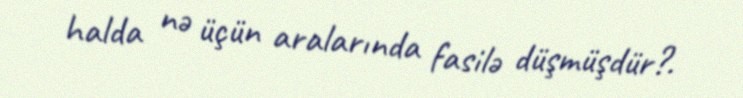
halda nə üçün aralarında fasilə düşmüşdür?.